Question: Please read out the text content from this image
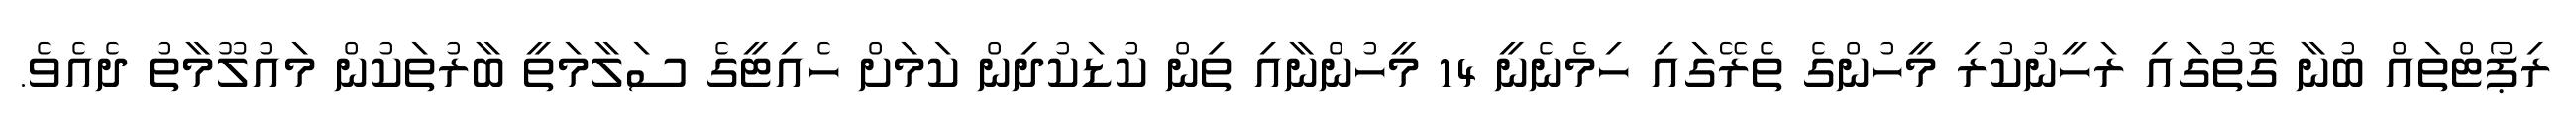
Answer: ރިޕޯޓްތައް ބުނާ ގޮތުގައި ރަހީނުކުރި މީހުންގެ ތެރޭގައި ހިމެނެނީ 14 މީހުންނާއި ތިން ކުޑަކުދިން ކަމަށް ހެއިޓީގެ ސަލާމަތީ ބާރުތަކުން މައުލޫމާތު ދެއެވެ.